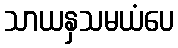
သာယနှသမယံပေ